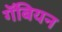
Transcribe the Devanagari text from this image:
गॅबियन